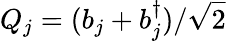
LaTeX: Q_{j}=(b_{j}+b_{j}^{\dagger})/\sqrt{2}